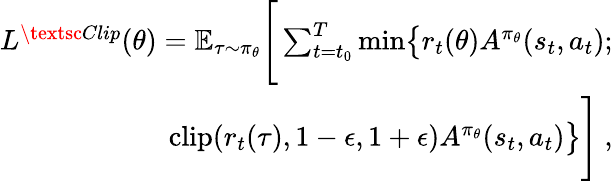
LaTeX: \begin{array}{r}{L^{\textsc{Clip}}(\theta)=\mathbb{E}_{\tau\sim\pi_{\theta}}\Bigg[\sum_{{t=t_{0}}}^{T}\mathrm{min}\big\lbrace r_{t}(\theta)A^{\pi_{\theta}}(s_{t},a_{t});}\\ {\mathrm{clip}(r_{t}(\tau),1-\epsilon,1+\epsilon)A^{\pi_{\theta}}(s_{t},a_{t})\big\rbrace\Bigg]~,}\end{array}